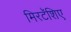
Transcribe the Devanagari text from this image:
मिरटॅशिए